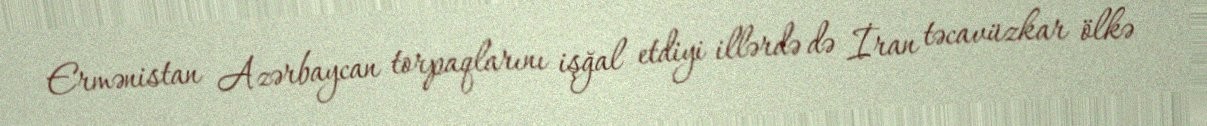
Ermənistan Azərbaycan torpaqlarını işğal etdiyi illərdə də İran təcavüzkar ölkə